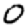
Digit: 0